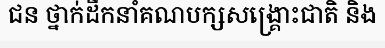
ជន ថ្នាក់ដឹកនាំគណបក្សសង្គ្រោះជាតិ និង